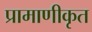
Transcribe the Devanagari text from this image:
प्रामाणीकृत